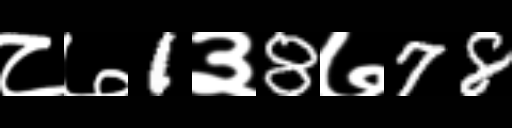
Text: ८७1३8७78